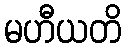
မဟီယတိ